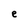
Character: e